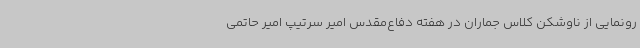
رونمایی از ناوشکن کلاس جماران در هفته دفاع‌مقدس امیر سرتیپ امیر حاتمی